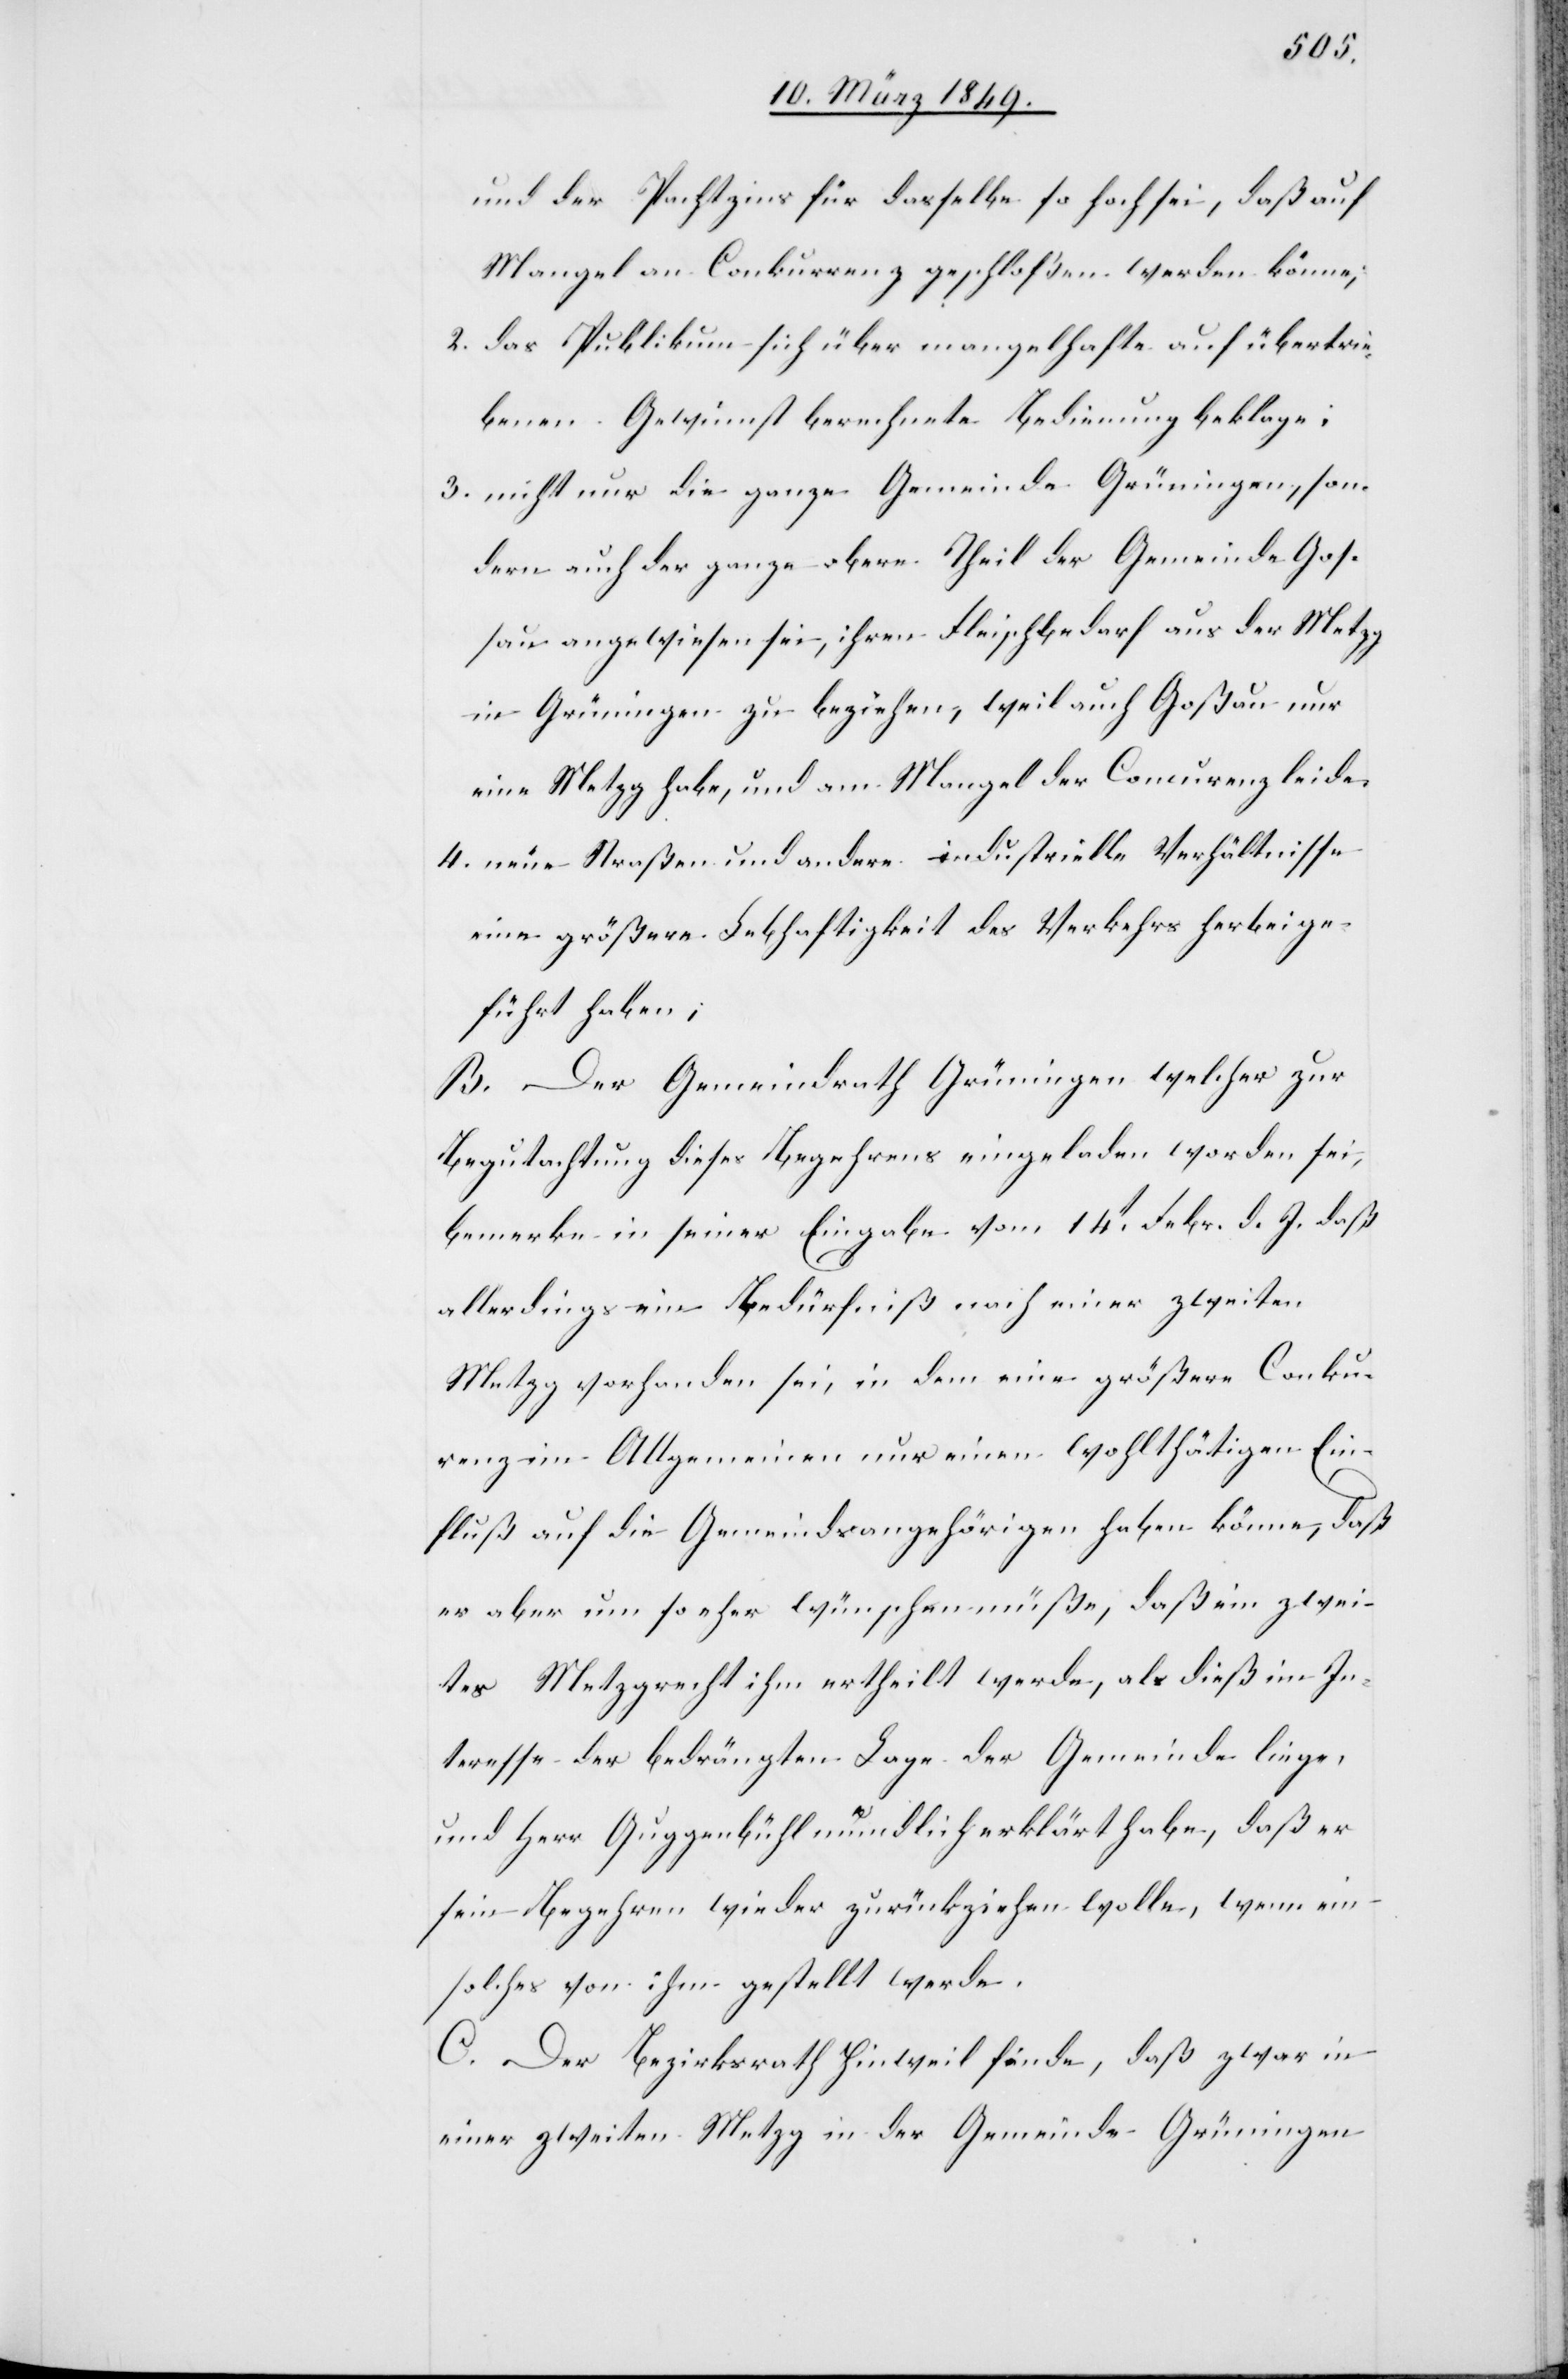
und der Pachtzins für dasselbe so hoch sei, daß auf
Mangel an Conkurrenz geschloßen werden könne;
2. das Publikum sich über mangelhafte auf übertrie¬
benen Gewinnst berechnete Bedienung beklage;
3. nicht nur die ganze Gemeinde Grüningen, son¬
dern auch der ganze obere Theil der Gemeinde Goß¬
au angewiesen sei, ihren Fleischbedarf aus der Metzg
in Grüningen zu beziehen, weil auch Goßau nur
eine Metzg habe, und am Mangel der Concurenz leide.
4. neue Straßen und andere industrielle Verhältnisse
eine größere Lebhaftigkeit des Verkehrs herbeige¬
führt haben;
B. Der Gemeindrath Grüningen welcher zur
Begutachtung dieses Begehrens eingeladen worden sei,
bemerke in seiner Eingabe vom 14t. Febr. d. J. daß
allerdings ein Bedürfniß nach einer zweiten
Metzg vorhanden sei, in dem eine größere Conku¬
renz im Allgemeinen nur einen wohlthätigen Ein¬
fluß auf die Gemeindsangehörigen haben könne, daß
er aber um so eher wünschen müße, daß ein zwei¬
tes Metzgrecht ihm ertheilt werde, als dieß im In¬
teresse der bedrängten Lage der Gemeinde liege,
und Herr Guggenbühl mündlich erklärt habe, daß er
sein Begehren wieder zurückziehen wolle, wenn ein
solches von ihm gestellt werde.
C. Der Bezirksrath Hinweil finde, daß zwar in
einer zweiten Metzg in der Gemeinde Grüningen